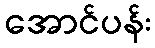
အောင်ပန်း